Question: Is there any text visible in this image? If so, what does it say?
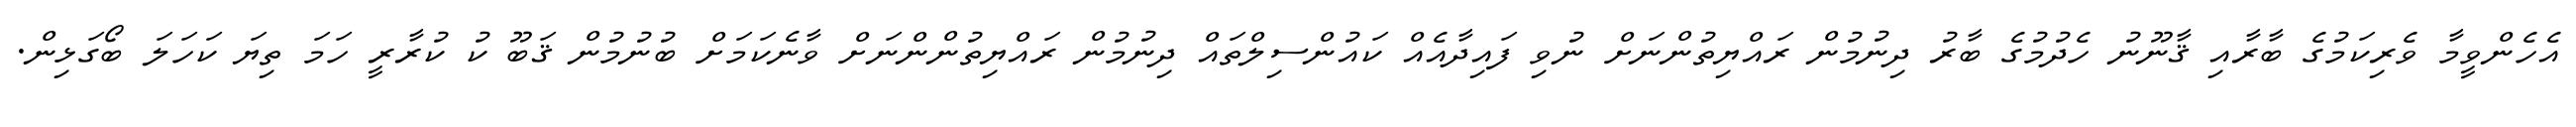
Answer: އެހެންވީމާ ވެރިކަމުގެ ބާރާއި ޤާނޫނު ހެދުމުގެ ބާރު ދިނުމުން ރައްޔިތުންނަށް ނުވި ފައިދާއެއް ކައުންސިލްތައް ދިނުމުން ރައްޔިތުންންނަށް ވާނެކަމަށް ބުނުމުން ޤަބޫ ކު ކުރާރީ ހަމަ ތިޔަ ކަހަލަ ބޯގަޅިން.